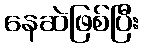
နေဆဲဖြစ်ပြီး